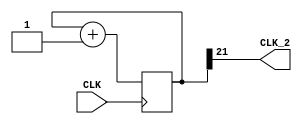
module clk_div(
    input CLK,
    output CLK_2
    );
    
    assign CLK_2 = COUNT[21];
    //assign CLK_2 = CLK;
    reg [21:0] COUNT;
    
    initial begin
    COUNT <= 0;
    end
            
    always @(posedge CLK) begin
        COUNT <= COUNT + 1;
    end
    
endmodule